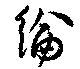
綸